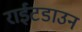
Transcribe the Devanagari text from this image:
राईटडाउन